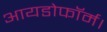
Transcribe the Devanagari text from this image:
आयडोफॉर्म।